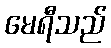
မေရီသည်